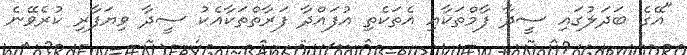
"އޭގެ ބަދަލުގައި ސީދާ ފާމްތަކާއި އެތަކެތި އުފައްދާ ފަރާތްތަކާއެކު ސީދާ ވިޔަފާރި ކުރެވޭނެ